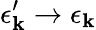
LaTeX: \epsilon_{\mathbf{k}}^{\prime}\rightarrow\epsilon_{\mathbf{k}}